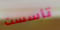
تأسست